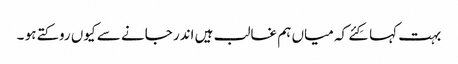
بہت کہا کِئے کہ میاں ہم غالب ہیں اندر جانے سے کیوں روکتے ہو ۔